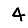
Digit: 4